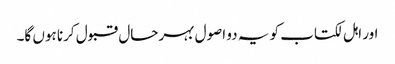
اور اہل لکتاب کو یہ دو اصول بہرحال قبول کرنا ہوں گا۔